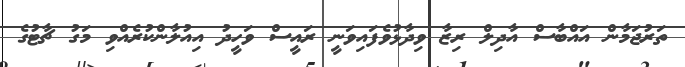
ތަރުޖަމާން އައްބާސް އާދިލް ރިޒާ ވިދާޅުވެފައިވަނީ ރައީސް ވަހީދު އިއުލާންކުރެއްވި މަގު ޗާޓުގެ